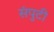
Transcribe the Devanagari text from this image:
संपुटी